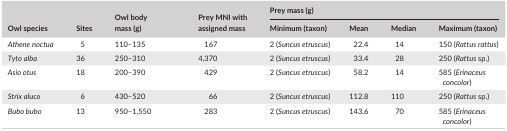
<table><thead><tr><td rowspan="2"><b>Owl species</b></td><td rowspan="2"><b>Sites</b></td><td rowspan="2"><b>Owl body mass (g)</b></td><td rowspan="2"><b>Prey MNI with assigned mass</b></td><td colspan="4"><b>Prey mass (g)</b></td></tr><tr><td><b>Minimum (taxon)</b></td><td><b>Mean</b></td><td><b>Median</b></td><td><b>Maximum (taxon)</b></td></tr></thead><tbody><tr><td><i>Athene noctua</i></td><td>5</td><td>110–135</td><td>167</td><td>2 (<i>Suncus etruscus</i>)</td><td>22.4</td><td>14</td><td>150 (<i>Rattus rattus</i>)</td></tr><tr><td><i>Tyto alba</i></td><td>36</td><td>250–310</td><td>4,370</td><td>2 (<i>Suncus etruscus</i>)</td><td>33.4</td><td>28</td><td>250 (<i>Rattus</i> sp.)</td></tr><tr><td><i>Asio otus</i></td><td>18</td><td>200–390</td><td>429</td><td>2 (<i>Suncus etruscus</i>)</td><td>58.2</td><td>14</td><td>585 (<i>Erinaceus concolor</i>)</td></tr><tr><td><i>Strix aluco</i></td><td>6</td><td>430–520</td><td>66</td><td>2 (<i>Suncus etruscus</i>)</td><td>112.8</td><td>110</td><td>250 (<i>Rattus</i> sp.)</td></tr><tr><td><i>Bubo bubo</i></td><td>13</td><td>950–1,550</td><td>283</td><td>2 (<i>Suncus etruscus</i>)</td><td>143.6</td><td>70</td><td>585 (<i>Erinaceus concolor</i>)</td></tr></tbody></table>